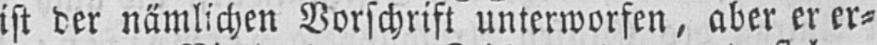
ist der nämlichen Vorschrift unterworfen, aber er er⸗